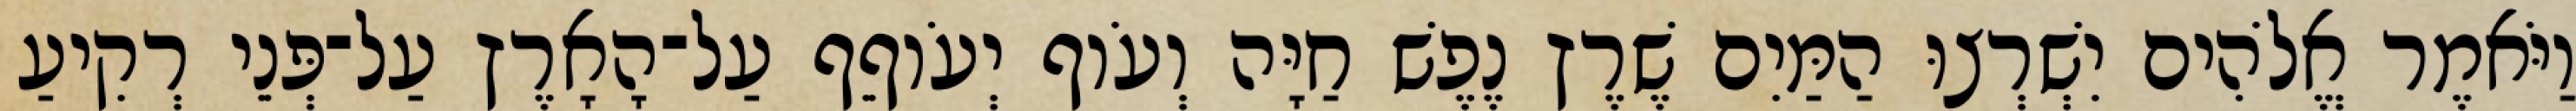
וַיֹּאמֶר אֱלֹהִים יִשְׁרְצוּ הַמַּיִם שֶׁרֶץ נֶפֶשׁ חַיָּה וְעֹוף יְעֹוףֵף עַל־הָאָרֶץ עַל־פְּנֵי רְקִיעַ